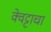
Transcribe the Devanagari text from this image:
क्वेट्टाचा